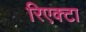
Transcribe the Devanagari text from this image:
रिएक्टा